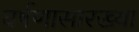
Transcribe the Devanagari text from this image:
घर्षणासारख्या